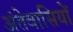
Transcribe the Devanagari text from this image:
अंतेवासियों